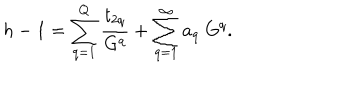
h - 1 = \sum _ { q = 1 } ^ { Q } { \frac { t _ { 2 q } } { G ^ { q } } } + \sum _ { q = 1 } ^ { \infty } a _ { q } ~ G ^ { q } .